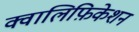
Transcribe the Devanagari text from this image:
क्वालिफ़िकेशन